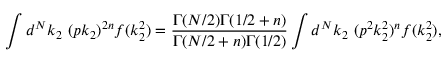
\int d ^ { N } k _ { 2 } ~ ( p k _ { 2 } ) ^ { 2 n } f ( k _ { 2 } ^ { 2 } ) = \frac { \Gamma ( N / 2 ) \Gamma ( 1 / 2 + n ) } { \Gamma ( N / 2 + n ) \Gamma ( 1 / 2 ) } \int d ^ { N } k _ { 2 } ~ ( p ^ { 2 } k _ { 2 } ^ { 2 } ) ^ { n } f ( k _ { 2 } ^ { 2 } ) ,